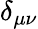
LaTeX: \delta_{\mu\nu}